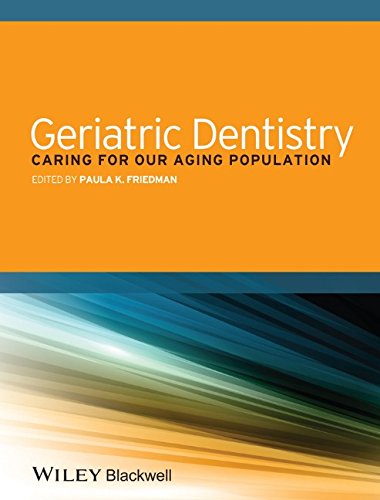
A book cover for Geriatric Dentistry: Caring for Our Aging Population; Paula K. Friedman; Medical Books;